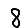
Digit: 8